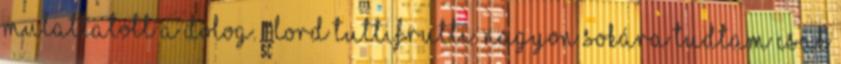
mulattatott a dolog. -Lord Tuttifrutti. Nagyon sokára tudtam csak